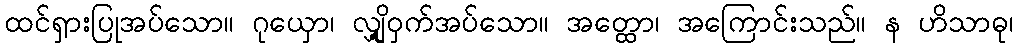
ထင်ရှားပြုအပ်သော။ ဂုယှော၊ လျှို့ဝှက်အပ်သော။ အတ္ထော၊ အကြောင်းသည်။ န ဟိသာဓု၊